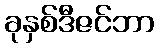
ခုနှစ်ဒီဇင်ဘာ